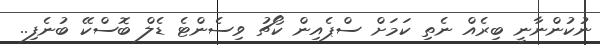
ނުކުންނާނީ ބިރެއް ނެތި ކަމަށް ސްޕެއިން ކޯޗު ވިސެންޓެ ޑެލް ބޮސްކޭ ބުނެފި..